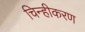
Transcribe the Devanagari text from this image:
चिन्हीकरण